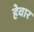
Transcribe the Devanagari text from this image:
हेवार